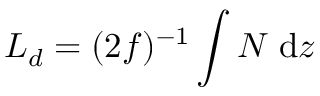
L _ { d } = ( 2 f ) ^ { - 1 } \int N \; \mathrm { d } z